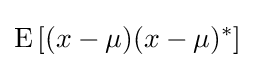
\operatorname {E} \left[(x-\mu )(x-\mu )^{*}\right]